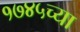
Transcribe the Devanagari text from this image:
१७४५च्या